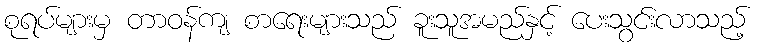
စုရပ်များမှ တာဝန်ကျ စာရေးများသည် ခူးသူအမည်နှင့် ပေးသွင်းလာသည့်